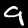
Label: 9